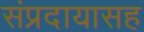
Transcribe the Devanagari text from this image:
संप्रदायासह